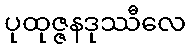
ပုထုဇ္ဇနဒုဿီလေ